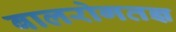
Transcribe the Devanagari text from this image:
बालरोगतज्ञ